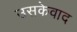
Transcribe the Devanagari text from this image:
उसकेवाद